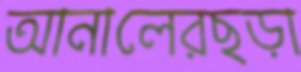
আনালেরছড়া